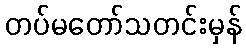
တပ်မတော်သတင်းမှန်